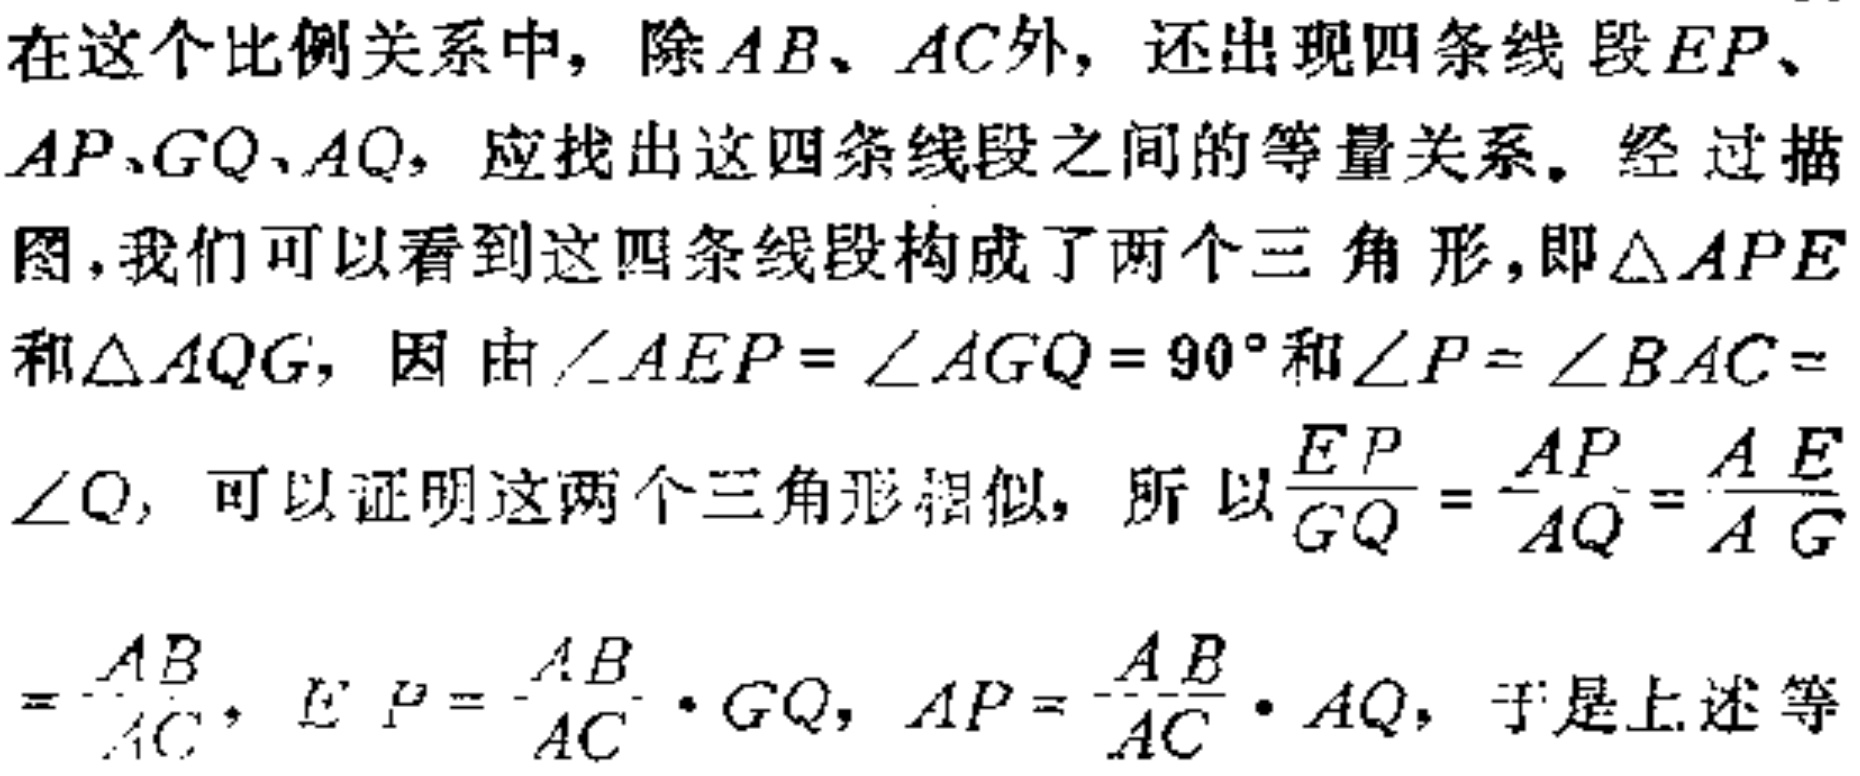
在这个比例关系中，除\(AB、AC\)外，还出现四条线段\(EP\)、\(AP、GQ、AQ\)，应找出这四条线段之间的等量关系。经过描图，我们可以看到这四条线段构成了两个三角形，即\(\triangle APE\)和\(\triangle AQG\)，因由\(\angle AEP = \angle AGQ = 90^{\circ}\)和\(\angle P = \angle BAC = \angle Q\)，可以证明这两个三角形相似，所以\(\frac{EP}{GQ} = \frac{AP}{AQ} = \frac{AE}{AG}\)
\(= \frac{AB}{AC}\)，\(EP = \frac{AB}{AC} \cdot GQ\)，\(AP = \frac{AB}{AC} \cdot AQ\)，于是上述等